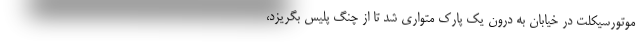
موتورسیکلت در خیابان به درون یک پارک متواری شد تا از چنگ پلیس بگریزد،